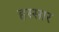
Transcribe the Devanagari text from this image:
हस्सार